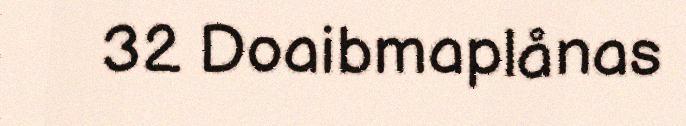
32 Doaibmaplånas